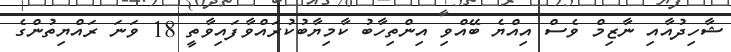
ޝާހިދުއާއި ނާޒިމް ވެސް އިއްޔެ ބޭއްވި އިންތިހާބު ކާމިޔާބުކުރައްވާފައިވާތީ 18 ވަނަ ރައްޔިތުންގެ